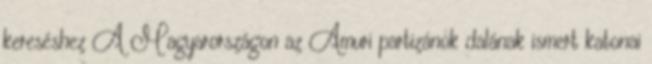
kereséshez A Magyarországon az Amuri partizánok dalának ismert katonai